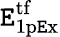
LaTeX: \mathtt{E}_{\mathrm{{1p\mathtt{E}x}}}^{\mathrm{{tf}}}